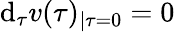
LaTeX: \textrm{d}_{\tau}v(\tau)_{|\tau=0}=0